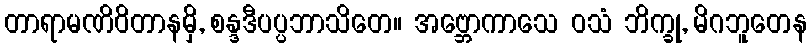
တာရာမဏိဝိတာနမှိ, စန္ဒဒီပပ္ပဘာသိတေ။ အဗ္ဘောကာသေ ဝသံ ဘိက္ခု, မိဂဘူတေန